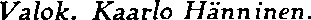
Valok. Kaarlo Hänninen.